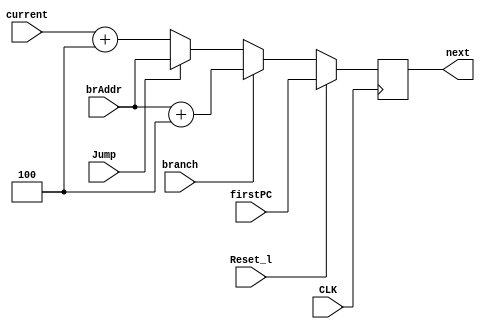
module  PC(next, current, Reset_l, firstPC, CLK,branch,brAddr,Jump);
	output reg [31:0] next;
	input [31:0] current, firstPC,brAddr;
	input Reset_l,branch,Jump;
	input CLK;
	
	always @(negedge CLK)
	begin
 	if (Reset_l==1)
	next<=firstPC;
	else if(branch==1)
	next<=brAddr+32'd4;
    else if(Jump==1)
    next<=brAddr;
	else
 	next<= current+32'd4;
end

	
endmodule